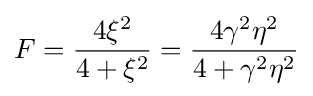
F={\frac {4\xi ^{2}}{4+\xi ^{2}}}={\frac {4\gamma ^{2}\eta ^{2}}{4+\gamma ^{2}\eta ^{2}}}